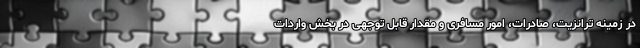
در زمینه ترانزیت، صادرات، امور مسافری و مقدار قابل توجهی در بخش واردات